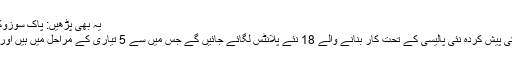
یہ بھی پڑھیں: پاک سوزوکی نے گاڑیوں کی قیمتوں میں ایک مرتبہ پھر اضافہ کردیا
وفاقی وزیر برائے پارلیمانی امور کا کہنا تھا کہ حکومت کی پیش کردہ نئی پالیسی کے تحت کار بنانے والے 18 نئے پلانٹس لگائے جائیں گے جس میں سے 5 تیاری کے مراحل میں ہیں اور اس مسابقت میں چین اور کوریا کی کمپنیاں بھی شامل ہیں۔